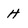
Character: H